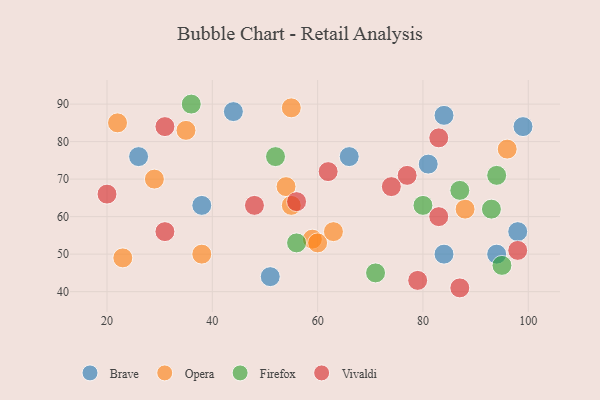
{"axis": {"x": "GDP", "y": "Life Expectancy"}, "legend": ["Brave", "Firefox", "Opera", "Vivaldi"], "data": [{"x": "84", "y": 87, "type": "Brave"}, {"x": "38", "y": 63, "type": "Brave"}, {"x": "98", "y": 56, "type": "Brave"}, {"x": "44", "y": 88, "type": "Brave"}, {"x": "51", "y": 44, "type": "Brave"}, {"x": "66", "y": 76, "type": "Brave"}, {"x": "84", "y": 50, "type": "Brave"}, {"x": "26", "y": 76, "type": "Brave"}, {"x": "94", "y": 50, "type": "Brave"}, {"x": "81", "y": 74, "type": "Brave"}, {"x": "99", "y": 84, "type": "Brave"}, {"x": "55", "y": 63, "type": "Opera"}, {"x": "59", "y": 54, "type": "Opera"}, {"x": "88", "y": 62, "type": "Opera"}, {"x": "55", "y": 89, "type": "Opera"}, {"x": "54", "y": 68, "type": "Opera"}, {"x": "22", "y": 85, "type": "Opera"}, {"x": "23", "y": 49, "type": "Opera"}, {"x": "38", "y": 50, "type": "Opera"}, {"x": "96", "y": 78, "type": "Opera"}, {"x": "60", "y": 53, "type": "Opera"}, {"x": "35", "y": 83, "type": "Opera"}, {"x": "29", "y": 70, "type": "Opera"}, {"x": "63", "y": 56, "type": "Opera"}, {"x": "94", "y": 71, "type": "Firefox"}, {"x": "36", "y": 90, "type": "Firefox"}, {"x": "95", "y": 47, "type": "Firefox"}, {"x": "71", "y": 45, "type": "Firefox"}, {"x": "52", "y": 76, "type": "Firefox"}, {"x": "80", "y": 63, "type": "Firefox"}, {"x": "56", "y": 53, "type": "Firefox"}, {"x": "93", "y": 62, "type": "Firefox"}, {"x": "87", "y": 67, "type": "Firefox"}, {"x": "20", "y": 66, "type": "Vivaldi"}, {"x": "98", "y": 51, "type": "Vivaldi"}, {"x": "83", "y": 60, "type": "Vivaldi"}, {"x": "31", "y": 56, "type": "Vivaldi"}, {"x": "62", "y": 72, "type": "Vivaldi"}, {"x": "79", "y": 43, "type": "Vivaldi"}, {"x": "56", "y": 64, "type": "Vivaldi"}, {"x": "48", "y": 63, "type": "Vivaldi"}, {"x": "83", "y": 81, "type": "Vivaldi"}, {"x": "31", "y": 84, "type": "Vivaldi"}, {"x": "77", "y": 71, "type": "Vivaldi"}, {"x": "74", "y": 68, "type": "Vivaldi"}, {"x": "87", "y": 41, "type": "Vivaldi"}]}